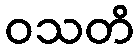
ဝသတိ